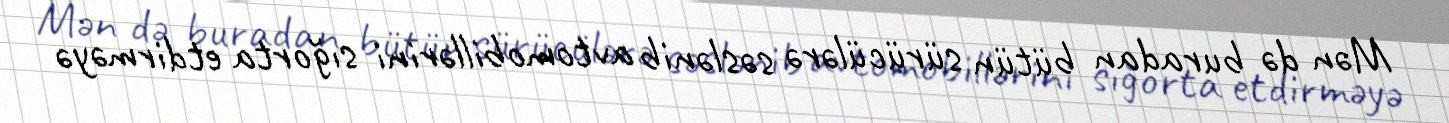
Mən də buradan bütün sürücülərə səslənib avtomobillərini sığorta etdirməyə